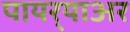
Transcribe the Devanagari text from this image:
पायर्‍याअर